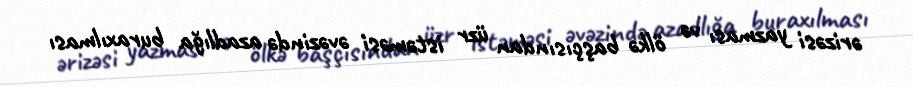
ərizəsi yazması və ölkə başçısından üzr istəməsi əvəzində azadlığa buraxılması